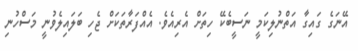
އޭނަގެ ގައިގާ އަތްނުލިކަމީ ނަސީބެކޭ ހިތަށް އެރިއެވެ. އެއްފަރާތަކަށް ޖެހި ބަލައިލެވުނީ މަސްހުނި